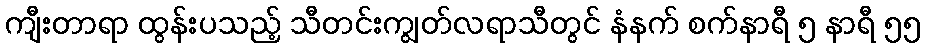
ကျီးတာရာ ထွန်းပသည့် သီတင်းကျွတ်လရာသီတွင် နံနက် စက်နာရီ ၅ နာရီ ၅၅